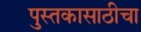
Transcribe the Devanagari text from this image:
पुस्तकासाठीचा